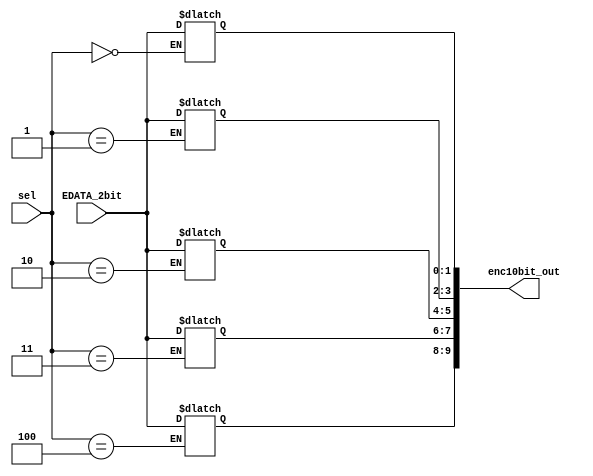
//
// Verilog Module mopshub_lib.demux8_Nbit
//
// Created:
//          by - dcs.dcs (chipdev2.physik.uni-wuppertal.de)
//          at - 20:41:41 03/21/21
//
// using Mentor Graphics HDL Designer(TM) 2018.1 (Build 12)
//
`resetall
`timescale 1ns/10ps
module demux8_Nbit #(
parameter N = 10
)(
input   wire    [2:0]  sel,
input   wire    [1:0]  EDATA_2bit,  
output  wire    [N-1:0]  enc10bit_out
);
    
reg  [9:0] enc10bit_r= 10'b0;

assign enc10bit_out = enc10bit_r;
 always @(EDATA_2bit or sel)
 begin 
  case (sel)
      3'b000 : begin 
               enc10bit_r[1:0] = EDATA_2bit;
              end
      3'b001 : begin 
              enc10bit_r[3:2] = EDATA_2bit;
              end
      3'b010 : begin 
               enc10bit_r[5:4] = EDATA_2bit;
              end
      3'b011 : begin 
               enc10bit_r[7:6] = EDATA_2bit;
              end
      3'b100 : begin
               enc10bit_r[9:8]= EDATA_2bit;
               end
  endcase
end

endmodule